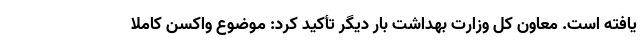
یافته است. معاون کل وزارت بهداشت بار دیگر تأکید کرد: موضوع واکسن کاملا